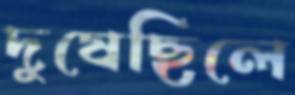
দুষেছিলে